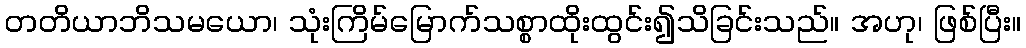
တတိယာဘိသမယော၊ သုံးကြိမ်မြောက်သစ္စာထိုးထွင်း၍သိခြင်းသည်။ အဟု၊ ဖြစ်ပြီး။